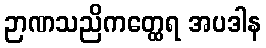
ဉာဏသညိကတ္ထေရ အပဒါန